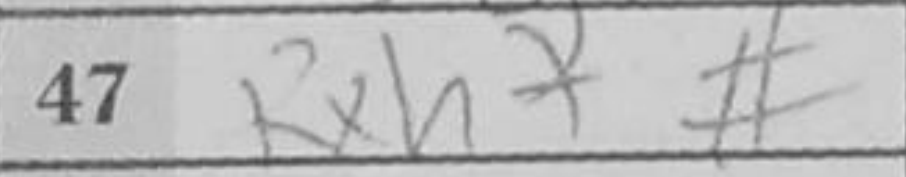
Transcription: Rxh7#